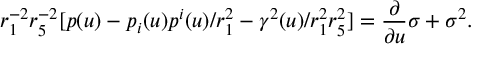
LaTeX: r _ { 1 } ^ { - 2 } r _ { 5 } ^ { - 2 } [ p ( u ) - p _ { i } ( u ) p ^ { i } ( u ) / r _ { 1 } ^ { 2 } - \gamma ^ { 2 } ( u ) / r _ { 1 } ^ { 2 } r _ { 5 } ^ { 2 } ] = { \frac { \partial } { \partial u } } { \sigma } + \sigma ^ { 2 } .